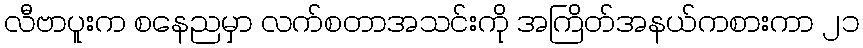
လီဗာပူးက စနေညမှာ လက်စတာအသင်းကို အကြိတ်အနယ်ကစားကာ ၂၁